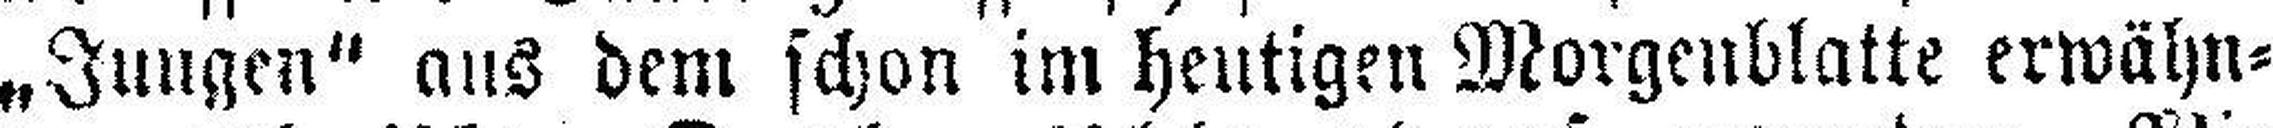
„Jungen“ aus dem schon im heutigen Morgenblatte erwähn¬